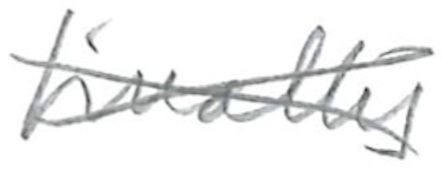
Text: finally
Cross-out: cross
Writing tool: pencil